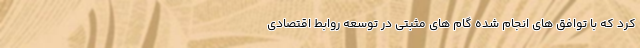
کرد که با توافق های انجام شده گام های مثبتی در توسعه روابط اقتصادی